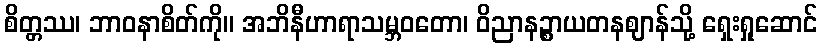
စိတ္တဿ၊ ဘာဝနာစိတ်ကို။ အဘိနီဟာရာသမ္ဘဝတော၊ ဝိညာနဉ္စာယတနဈာန်သို့ ရှေးရှုဆောင်